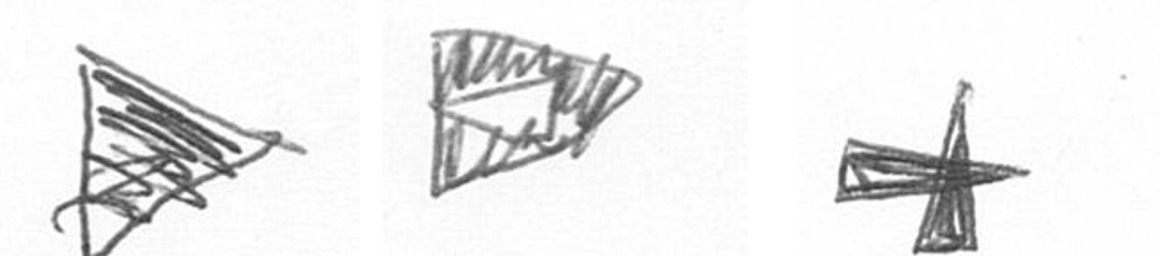
T K G